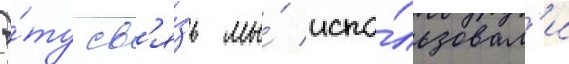
Э́ту св'я́зь мы́ испо́льзовал'и